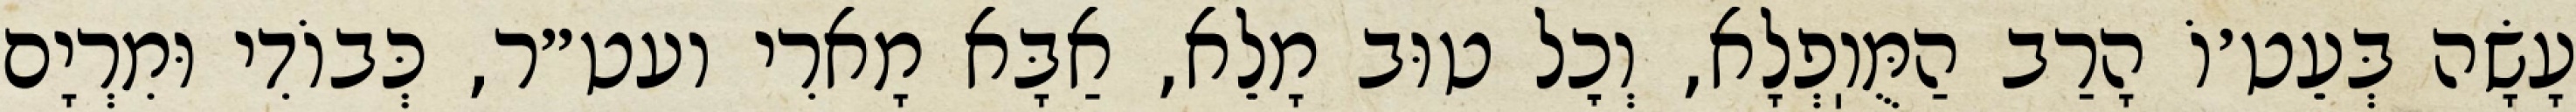
עָשָׂה בְּעֵט׳וֹ הָרַב הַמֻּוֽפְלָא, וְכׇל טוּב מָלֵא, אַבָּא מָארִי ועט״ר, כְּבוֹדִי וּמִרְיָם